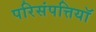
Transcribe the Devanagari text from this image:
परिसंपत्तियॉ